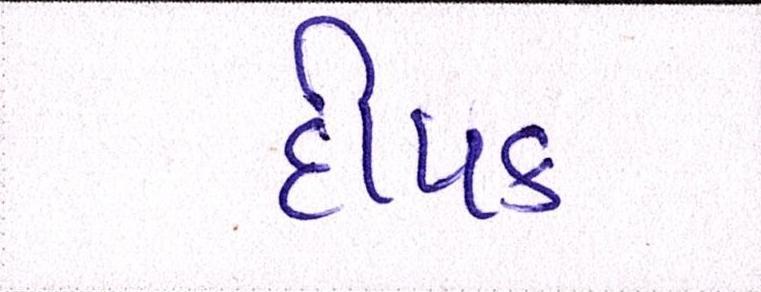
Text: દીપક